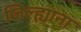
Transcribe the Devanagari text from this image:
जिल्ह्याना